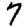
Digit: 7